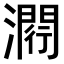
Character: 𤀵